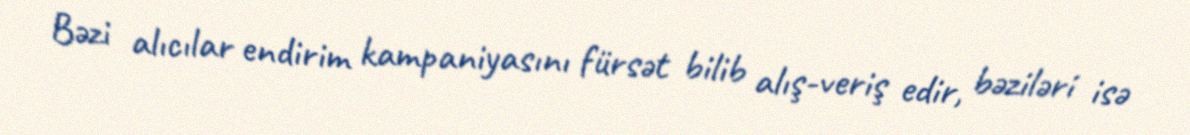
Bəzi alıcılar endirim kampaniyasını fürsət bilib alış-veriş edir, bəziləri isə